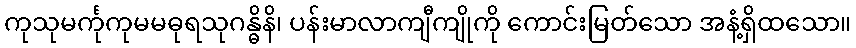
ကုသုမင်္ကုကုမမဓုရသုဂန္ဓိနိ၊ ပန်းမာလာကျီကျိုကို ကောင်းမြတ်သော အနံ့ရှိထသော။